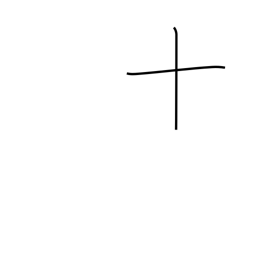
Meaning: ten